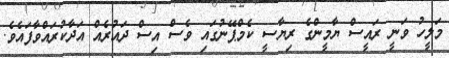
މަލީހު ވަނީ ރައީސް ޔާމީންގެ ރިޔާސީ ކެމްޕޭނުގައި ވެސް އިސް ދައުރެއް އަދާކުރައްވާފައެވެ.